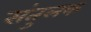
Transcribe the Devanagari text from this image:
संतुलक